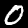
Label: 0